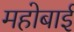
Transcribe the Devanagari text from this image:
महोबाई